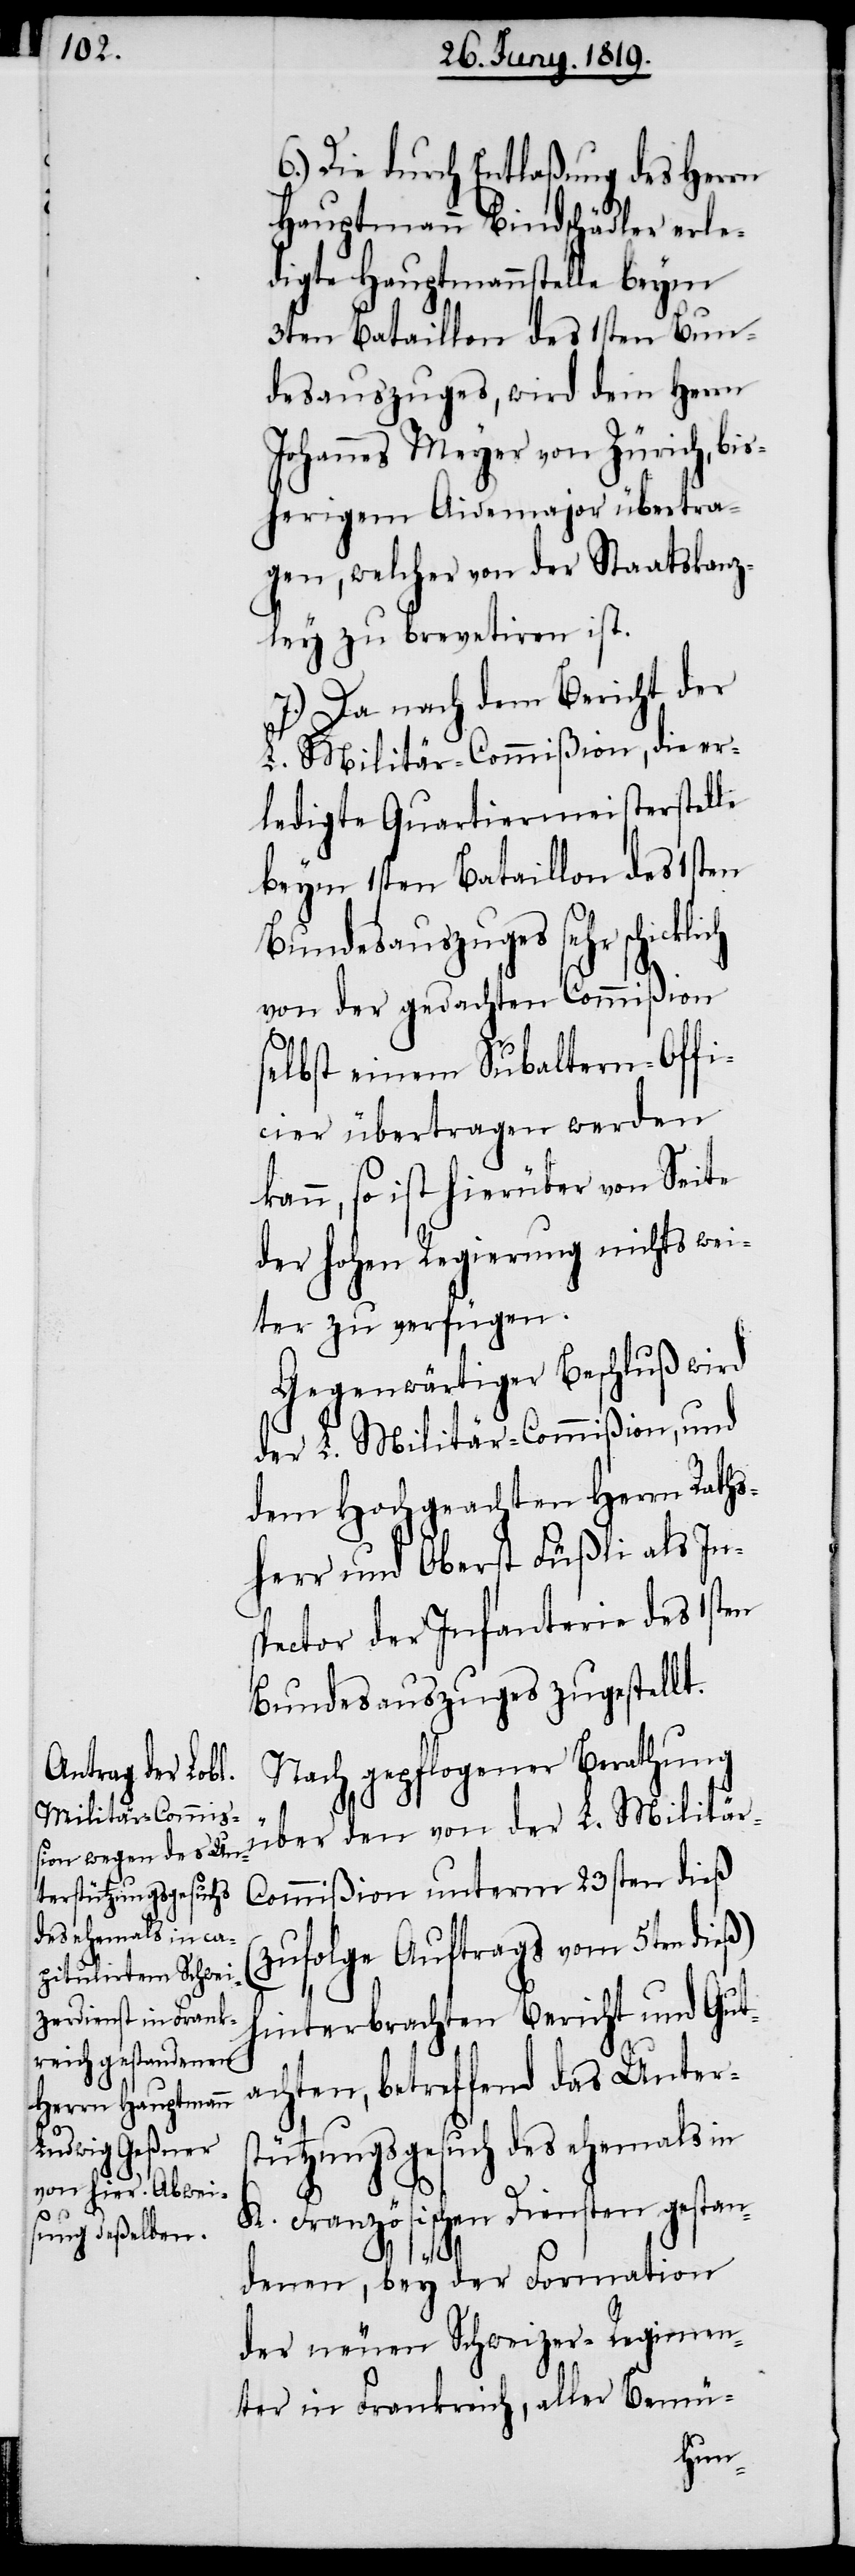
6.) Die durch Entlaßung des Herrn
Hauptmann Bindschädler erle¬
digte Hauptmannstelle beym
3ten Bataillon des 1sten Bun¬
desauszuges, wird dem Herrn
Johannes Meyer von Zürich, bis¬
herigem Aidemajor übertra¬
gen, welcher von der Staatskanz¬
ley zu brevetiren ist.
7.) Da nach dem Bericht der
L. Militär-Commißion, die er¬
ledigte Quartiermeisterstelle
beym 1sten Bataillon des 1sten
Bundesauszuges sehr schickli¬
von der gedachten Commißion
selbst einem Subaltern-Offi¬
cier übertragen werden
kann, so ist hierüber von Seite
der hohen Regierung nichts wei¬
ter zu verfügen.
Gegenwärtiger Beschluß wird
der L. Militär-Commißion, und
dem Hochgeachten Herrn Raths¬
herr und Oberst Füßli als In¬
spector der Infanterie des 1sten
Bundesauszuges zugestellt.
Nach gepflogener Berathung
über den von der L. Militär-C¬
ommißion unterm 23sten dieß
(zufolge Auftrags vom 5ten dieß)
hinterbrachten Bericht und Gut¬
achten, betreffend das Unters¬
tützungsgesuch des ehemals in
K. Französischen Diensten gestan¬
denen, bey der Formation
der neuen Schweizer-Regimen¬
ter in Frankreich, aller Bemüh-
ch